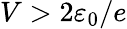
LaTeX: V>2\varepsilon_{0}/e